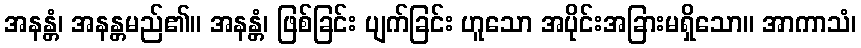
အနန္တံ၊ အနန္တမည်၏။ အနန္တံ၊ ဖြစ်ခြင်း ပျက်ခြင်း ဟူသော အပိုင်းအခြားမရှိသော။ အာကာသံ၊